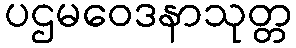
ပဌမဝေဒနာသုတ္တ